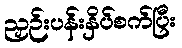
ညှဉ်းပန်းနှိပ်စက်ပြီး